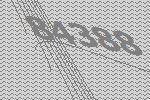
84388